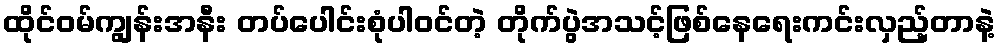
ထိုင်ဝမ်ကျွန်းအနီး တပ်ပေါင်းစုံပါဝင်တဲ့ တိုက်ပွဲအသင့်ဖြစ်နေရေးကင်းလှည့်တာနဲ့